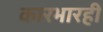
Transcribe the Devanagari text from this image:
कारभारही